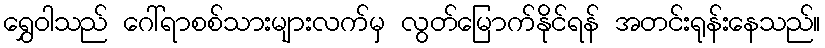
ရွှေဝါသည် ဂေါ်ရာစစ်သားများလက်မှ လွတ်မြောက်နိုင်ရန် အတင်းရုန်းနေသည်။